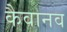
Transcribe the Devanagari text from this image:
कैवानव